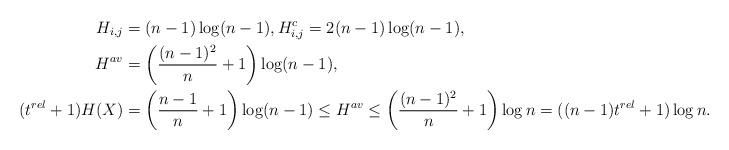
LaTeX: \begin{align*}H_{i,j} &= (n-1)\log(n-1), H^c_{i,j} = 2(n-1)\log(n-1), \\H^{av} &= \left(\dfrac{(n-1)^2}{n} + 1\right) \log (n-1), \\(t^{rel} + 1) H(X) &= \left(\dfrac{n-1}{n} + 1\right) \log (n-1) \leq H^{av} \leq \left(\dfrac{(n-1)^2}{n} + 1\right) \log n = ((n-1)t^{rel} + 1) \log n.\end{align*}